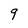
Character: 9